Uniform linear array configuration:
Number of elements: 48
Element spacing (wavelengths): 1
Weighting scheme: blackman
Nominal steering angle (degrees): -60
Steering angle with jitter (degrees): -61.49
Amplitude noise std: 0.05
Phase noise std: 0.05

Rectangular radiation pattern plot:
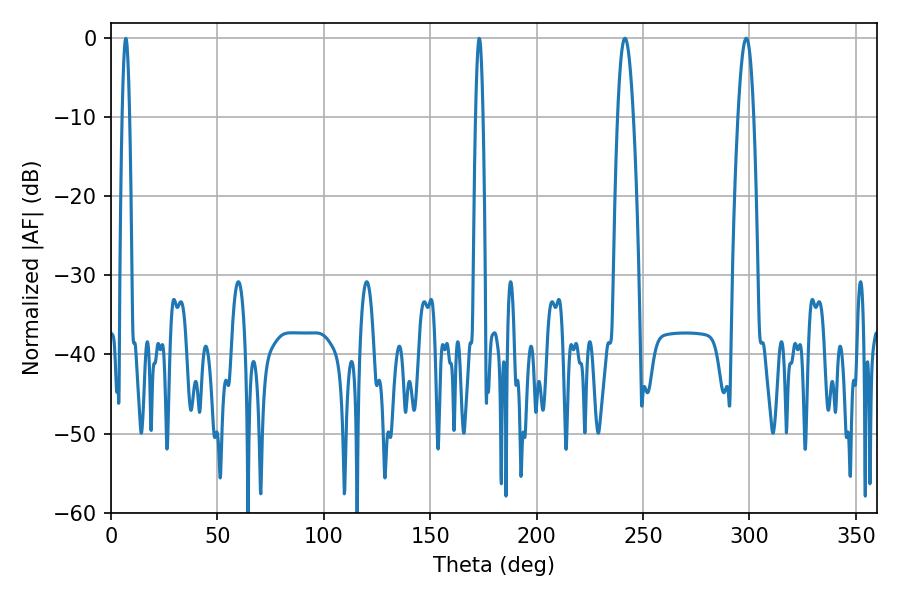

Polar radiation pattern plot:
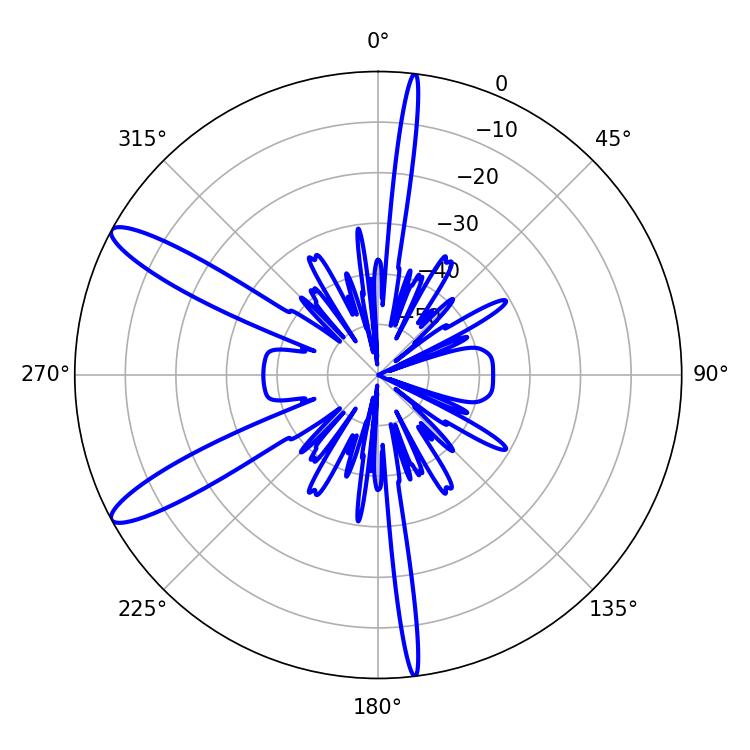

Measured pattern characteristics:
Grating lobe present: TRUE
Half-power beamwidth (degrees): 3.96
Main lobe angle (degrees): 298.44